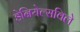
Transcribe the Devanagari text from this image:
डेनियेल्सविले